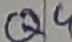
Text: Q4